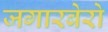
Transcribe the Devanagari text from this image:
जगारबेरो